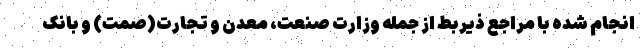
انجام شده با مراجع ذیربط از جمله وزارت صنعت، معدن و تجارت(صمت) و بانک